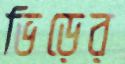
ভিড়ের